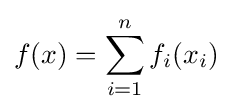
f(x)=\sum _{i=1}^{n}f_{i}(x_{i})